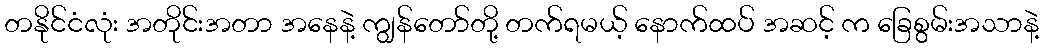
တနိုင်ငံလုံး အတိုင်းအတာ အနေနဲ့ ကျွန်တော်တို့ တက်ရမယ့် နောက်ထပ် အဆင့် က ခြေစွမ်းအသာနဲ့